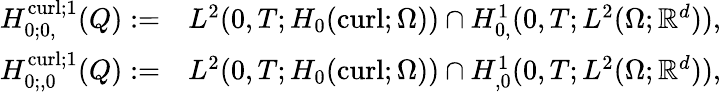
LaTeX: \begin{array}{rl}{H_{0;0,}^{\operatorname{curl};1}(Q):=}&{L^{2}(0,T;H_{0}(\operatorname{curl};\Omega))\cap H_{0,}^{1}(0,T;L^{2}(\Omega;\mathbb R^{d})),}\\ {H_{0;,0}^{\operatorname{curl};1}(Q):=}&{L^{2}(0,T;H_{0}(\operatorname{curl};\Omega))\cap H_{,0}^{1}(0,T;L^{2}(\Omega;\mathbb R^{d})),}\end{array}